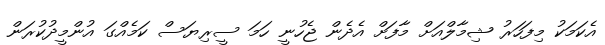
އެކަމަކު މިފަހަރު ޝިމާލްއަށް މާފަށް އެދެން ޖެހުނީ ހަމަ ސީރިޔަސް ކަމެއްގަ އުންމީދުކުރަން